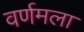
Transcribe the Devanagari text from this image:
वर्णमला